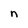
Character: n